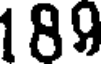
189